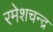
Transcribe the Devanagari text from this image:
रमेशचन्‍द्र